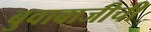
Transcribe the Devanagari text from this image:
बुवाबाजीची